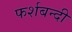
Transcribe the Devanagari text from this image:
फर्शबन्दी